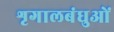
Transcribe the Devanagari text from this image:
शृगालबंधुओं